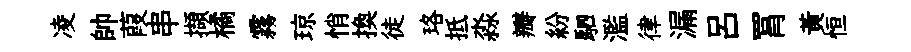
凌帥葭串擷橘霧琼悄換徒珞抵淼瓣紛駟濫律漏吕罥黃恒